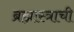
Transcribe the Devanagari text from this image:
ब्रह्मास्त्राची